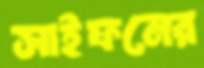
সাইফনের